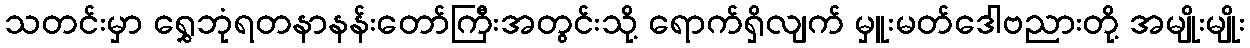
သတင်းမှာ ရွှေဘုံရတနာနန်းတော်ကြီးအတွင်းသို့ ရောက်ရှိလျက် မှူးမတ်ဒေါဗညားတို့ အမျိုးမျိုး